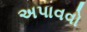
અપાવવો